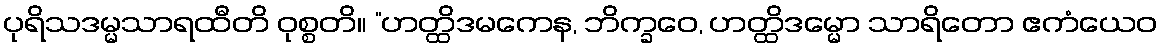
ပုရိသဒမ္မသာရထီတိ ဝုစ္စတိ။ “ဟတ္ထိဒမကေန, ဘိက္ခဝေ, ဟတ္ထိဒမ္မော သာရိတော ဧကံယေဝ